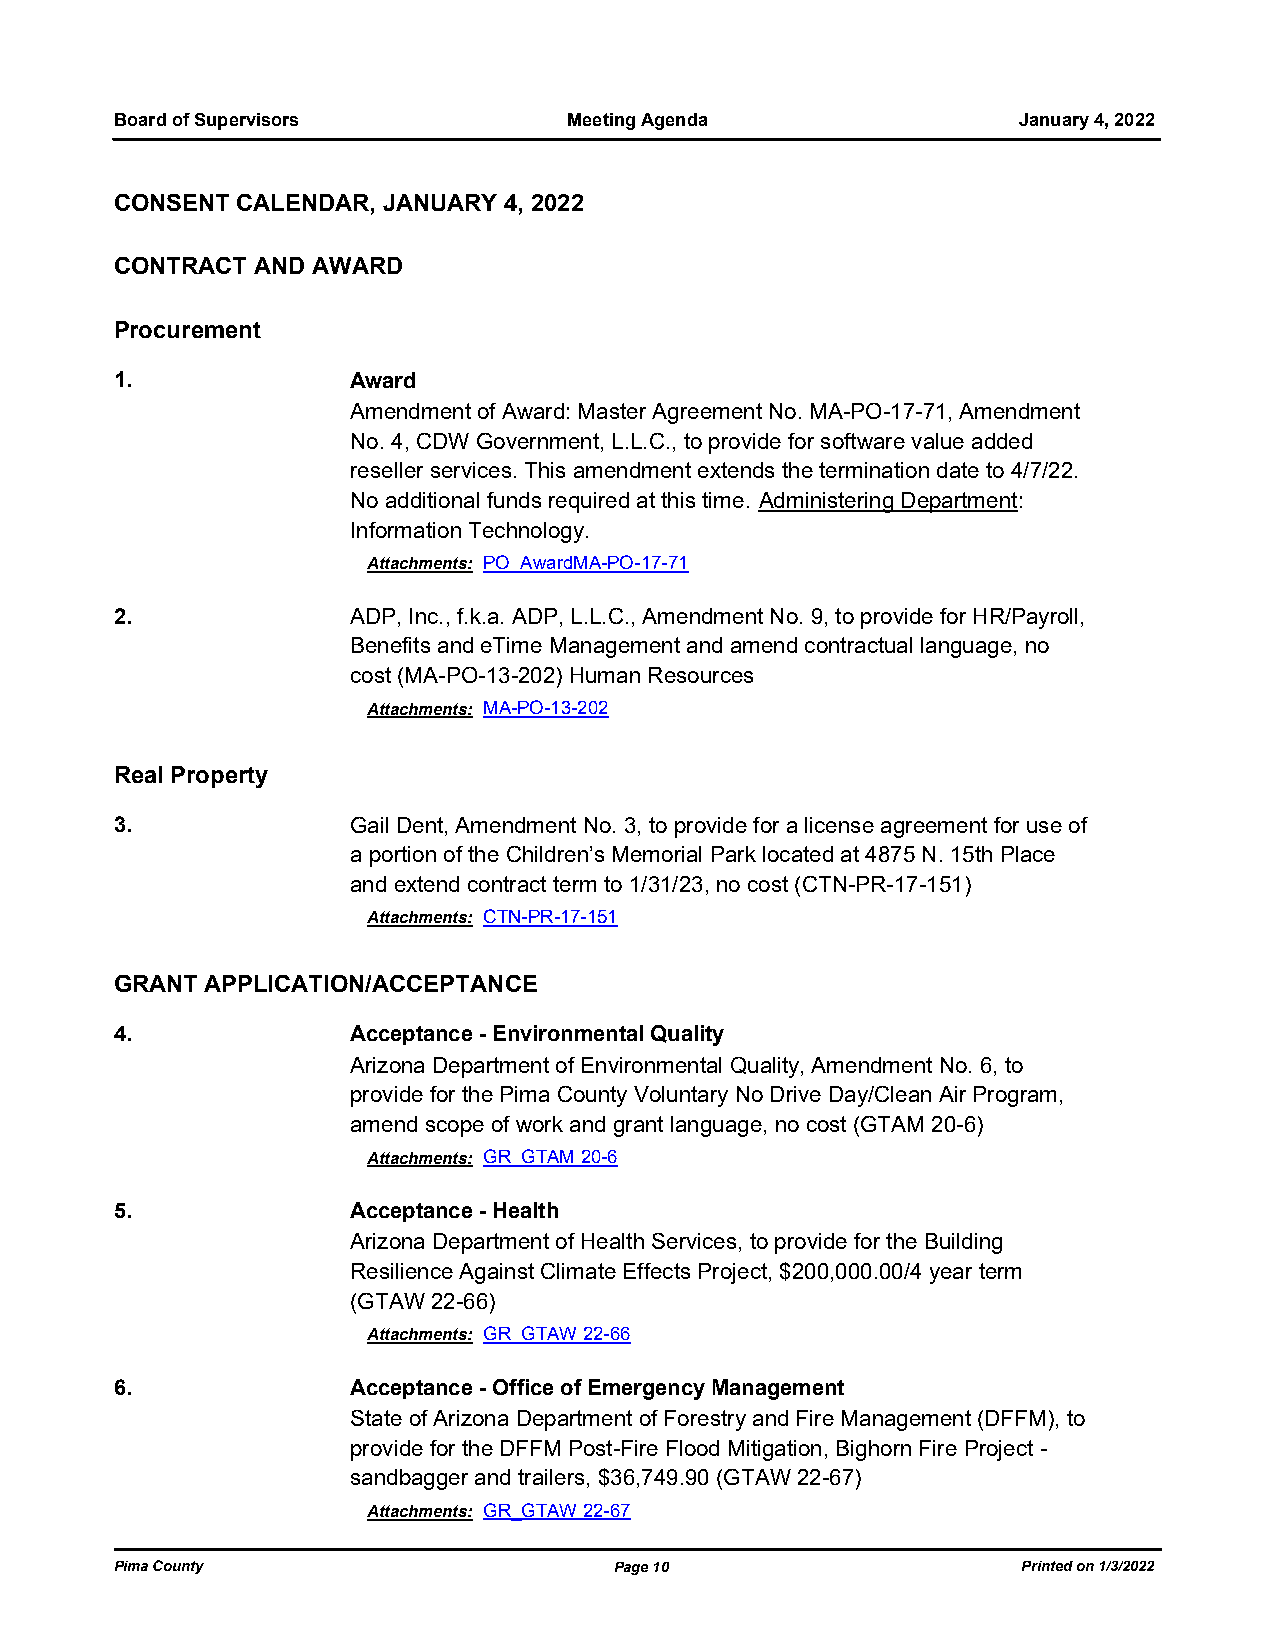
Board of Supervisors          Meeting Agenda               January 4, 2022
 CONSENT CALENDAR, JANUARY 4, 2022
 CONTRACT AND AWARD
 Procurement
 1.             Award
 Amendment of Award: Master Agreement No. MA-PO-17-71, Amendment
 No. 4, CDW Government, L.L.C., to provide for software value added
 reseller services. This amendment extends the termination date to 4/7/22.
 No additional funds required at this time. Administering Department:
 Information Technology.
 Attachments: PO_AwardMA-PO-17-71
 2.             ADP, Inc., f.k.a. ADP, L.L.C., Amendment No. 9, to provide for HR/Payroll,
 Benefits and eTime Management and amend contractual language, no
 cost (MA-PO-13-202) Human Resources
 Attachments: MA-PO-13-202
 Real Property
 3.             Gail Dent, Amendment No. 3, to provide for a license agreement for use of
 a portion of the Children’s Memorial Park located at 4875 N. 15th Place
 and extend contract term to 1/31/23, no cost (CTN-PR-17-151)
 Attachments: CTN-PR-17-151
 GRANT APPLICATION/ACCEPTANCE
 4.             Acceptance - Environmental Quality
 Arizona Department of Environmental Quality, Amendment No. 6, to
 provide for the Pima County Voluntary No Drive Day/Clean Air Program,
 amend scope of work and grant language, no cost (GTAM 20-6)
 Attachments: GR_GTAM 20-6
 5.             Acceptance - Health
 Arizona Department of Health Services, to provide for the Building
 Resilience Against Climate Effects Project, $200,000.00/4 year term
 (GTAW 22-66)
 Attachments: GR_GTAW 22-66
 6.             Acceptance - Office of Emergency Management
 State of Arizona Department of Forestry and Fire Management (DFFM), to
 provide for the DFFM Post-Fire Flood Mitigation, Bighorn Fire Project -
 sandbagger and trailers, $36,749.90 (GTAW 22-67)
 Attachments: GR_GTAW 22-67
 Pima County                      Page 10                    Printed on 1/3/2022